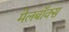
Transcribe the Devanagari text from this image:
मेलबाॅक्स